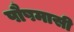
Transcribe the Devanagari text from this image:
पौषमासी